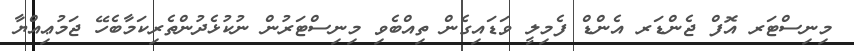
މިނިސްޓަރ އޮފް ޖެންޑަރ އެންޑް ފެމިލީ ވަޑައިގެން ތިއްބެވި މިނިސްޓަރުން ނުކުޅެދުންތެރިކަމާބެހޭ ޖަމުޢިއްޔާ